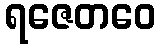
ရဇေတဝေ